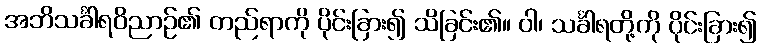
အဘိသင်္ခါရဝိညာဉ်၏ တည်ရာကို ပိုင်းခြား၍ သိခြင်း၏။ ဝါ၊ သင်္ခါရတို့ကို ပိုင်းခြား၍